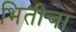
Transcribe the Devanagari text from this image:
भितीचा